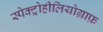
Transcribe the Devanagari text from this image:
स्पेक्ट्रोहीलियोग्राफ़